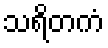
သရိတကံ